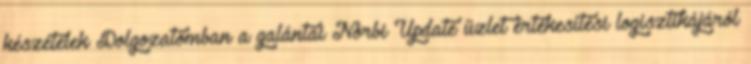
készételek Dolgozatomban a galántai Norbi Update üzlet értékesítési logisztikájáról